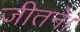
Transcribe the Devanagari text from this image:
जीतने।